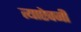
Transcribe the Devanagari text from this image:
त्याऐवजीं